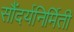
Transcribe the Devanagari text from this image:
सौंदर्यनिर्मिती